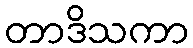
တာဒိသကာ